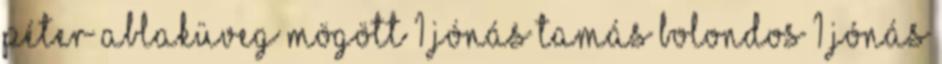
Péter Ablaküveg mögött 1 Jónás Tamás Bolondos 1 Jónás